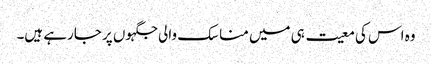
وہ اس کی معیت ہی میں مناسک والی جگہوں پر جارہے ہیں۔